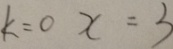
k = 0 x = 3